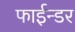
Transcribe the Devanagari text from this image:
फाईन्डर